Indian journal of veterinary science and animal husbandry - Volume 9,
Year: 1939
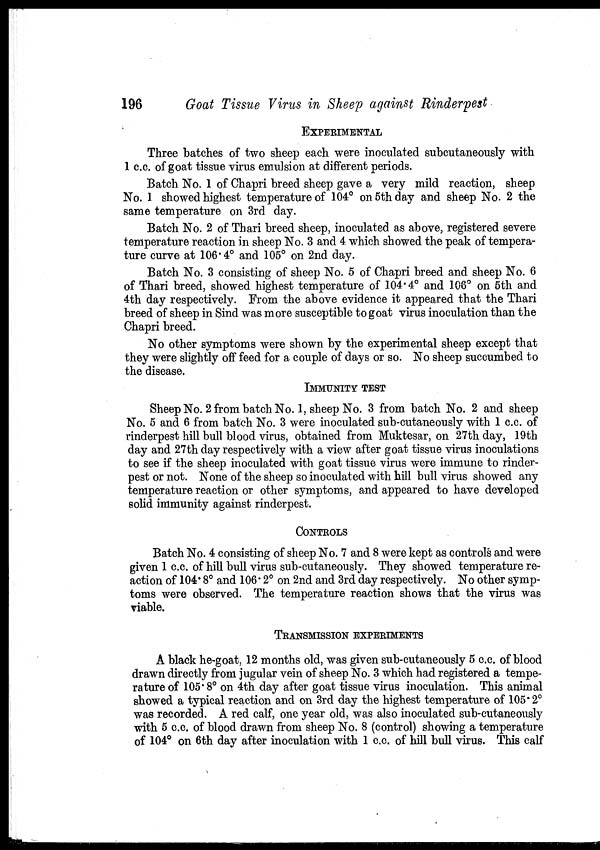
196
Goat Tissue Virus in Sheep against Rinderpest
EXPERIMENTAL
Three batches of two sheep each were inoculated subcutaneously with
1 c.c. of goat tissue virus emulsion at different periods.
Batch No. 1 of Chapri breed sheep gave a very mild reaction, sheep
No. 1 showed highest temperature of 104° on 5th day and sheep No. 2 the
same temperature on 3rd day.
Batch No. 2 of Thari breed sheep, inoculated as above, registered severe
temperature reaction in sheep No. 3 and 4 which showed the peak of tempera-
ture curve at 106. 4° and 105° on 2nd day.
Batch No. 3 consisting of sheep No. 5 of Chapri breed and sheep No. 6
of Thari breed, showed highest temperature of 104.4° and 106° on 5th and
4th day respectively. From the above evidence it appeared that the Thari
breed of sheep in Sind was more susceptible to goat virus inoculation than the
Chapri breed.
No other symptoms were shown by the experimental sheep except that
they were slightly off feed for a couple of days or so. No sheep succumbed to
the disease.
IMMUNITY TEST
Sheep No. 2 from batch No. 1, sheep No. 3 from batch No. 2 and sheep
No. 5 and 6 from batch No. 3 were inoculated sub-cutaneously with 1 c.c. of
rinderpest hill bull blood virus, obtained from Muktesar, on 27th day, 19th
day and 27th day respectively with a view after goat tissue virus inoculations
to see if the sheep inoculated with, goat tissue virus were immune to rinder-
pest or not. None of the sheep so inoculated with hill bull virus showed any
temperature reaction or other symptoms, and appeared to have developed
solid immunity against rinderpest.
CONTROLS
Batch No. 4 consisting of sheep No. 7 and 8 were kept as controls and were
given 1 c.c. of hill bull virus sub-cutaneously. They showed temperature re-
action of 104.8° and 106.2° on 2nd and 3rd day respectively. No other symp-
toms were observed. The temperature reaction shows that the virus was
viable.
TRANSMISSION EXPERIMENTS
A black he-goat, 12 months old, was given sub-cutaneously 5 c.c. of blood
drawn directly from jugular vein of sheep No. 3 which had registered a tempe-
rature of 105.8° on 4th day after goat tissue virus inoculation. This animal
showed a typical reaction and on 3rd day the highest temperature of 105.2°
was recorded. A red calf, one year old, was also inoculated sub-cutaneously
with 5 c.c. of blood drawn from sheep No. 8 (control) showing a temperature
of 104° on 6th day after inoculation with 1 c.c. of hill bull virus. This calf